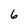
Character: 6